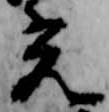
光